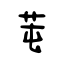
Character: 芚